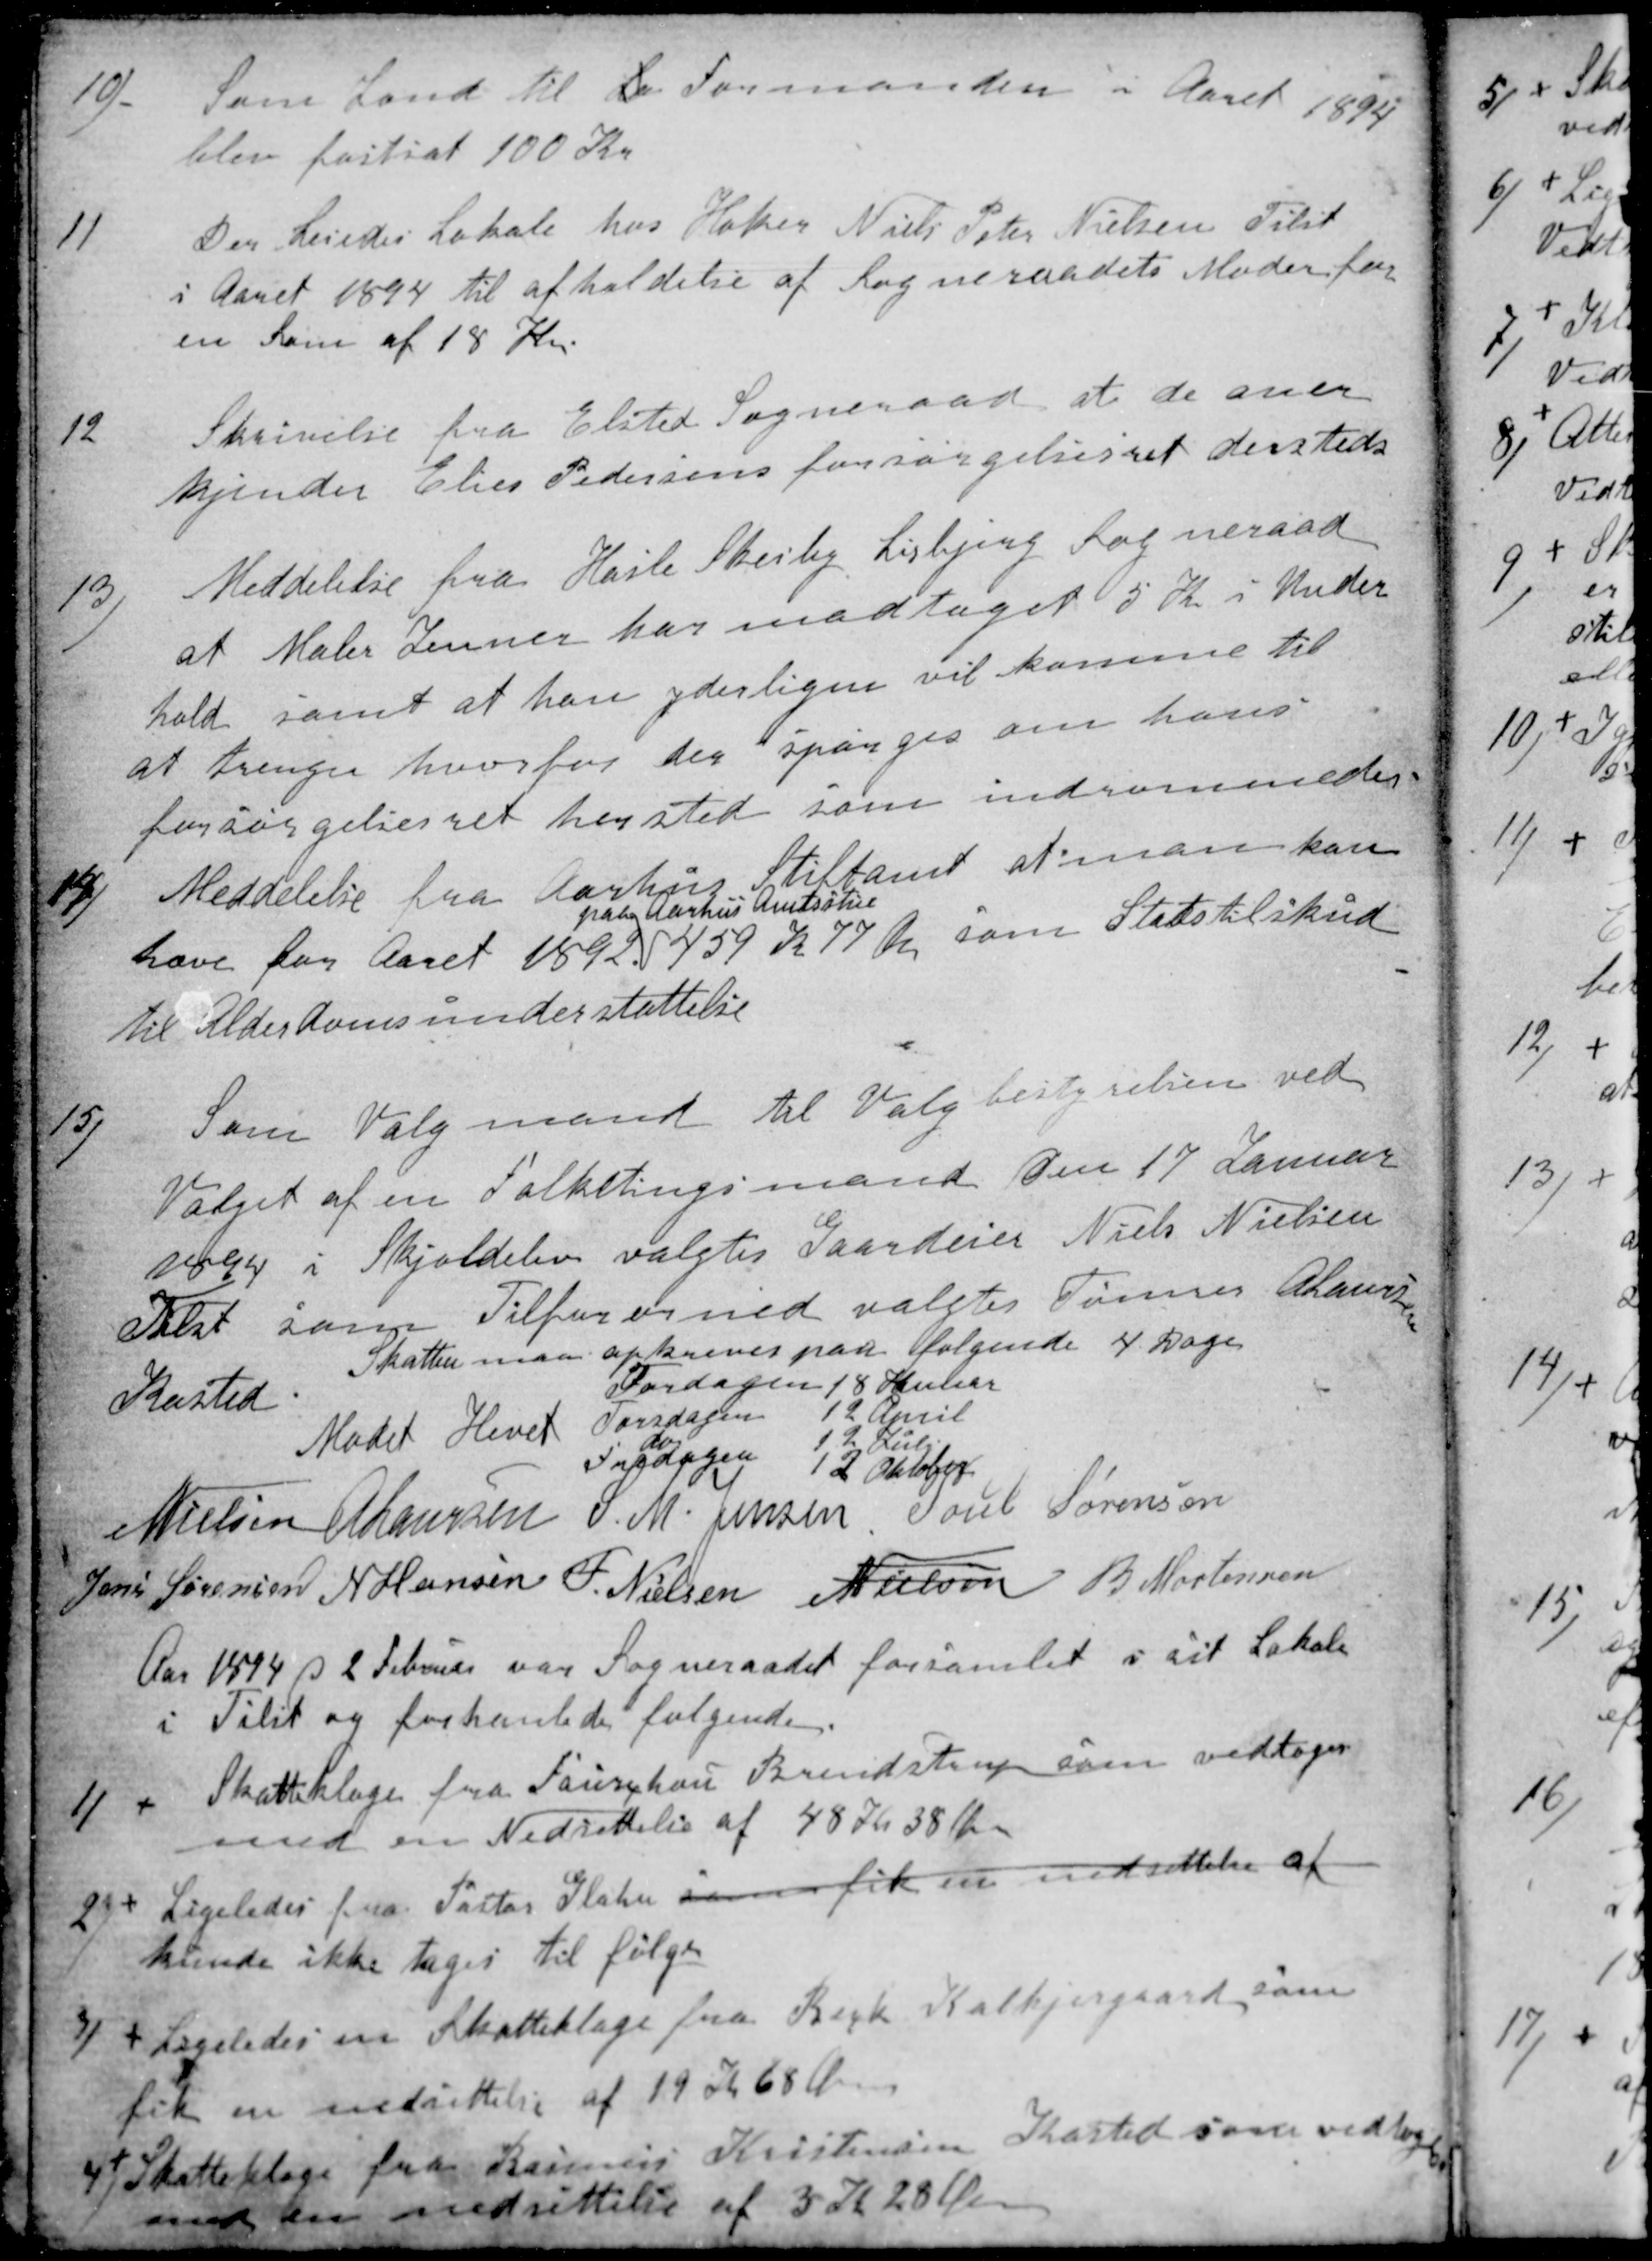
Transskription:
10).
Som Lønd til Lø Formanden i Aaret 1894
blev fastsat 100 Kr
11
Der Leiedes Lokale hos Høker Niels Peter Nielsen Tilst
i Aaret 1894 til afholdelse af Sogneraadets Møder for
en Lønd af 18 Kr.
12
Skrivelse fra Elsted Sogneraad at de aner
kjender Elies Pedersens forsørgelsesret dersteds
13)
Meddelelse fra Hasle Skeiby Lisbjerg Sogneraad
at Maler Jenner har modtaget 5 Kr i Under
hold samt at han yderligere vil komme til
at trenges hvorfor der spørges om hans
forsørgelsesret hersted som indrømmedes.
14)
Meddelelse fra Aarhus Stiftamt at man kan
hæve for Aaret 1892 
paa Aarhus Amtsstue
459 Kr 77 Øre som Statstilskud
til Alderdomsunderstøttelse
15)
Som Valgmand til Valgbestyrelsen ved
Valget af en Folketingsmand den 17 Januar
1894 i Skjoldelev valgtes Gaardeier Niels Nielsen
Tilst som Tilfororned valgtes Tømrer A Laursen
Kasted.
Skatten maa opkræves paa følgende 4 Dage
Tordagen 18 Januar
Torsdagen 12 April
do 12 Juli
Fredagen 12 Oktober
Mødet Hevet
N Nielsen
A Laursen
S. M. Jensen
Poul Sørensen
Jens Sørensen
N Hansen
F. Nielsen
Nielsen
B Mortensen
Aar 1894 d 2 Februar var Sogneraadet forsamlet i sit Lokale
i Tilst og forhandlede følgende.
1)
Skatteklage fra Faurchou Brendstrup som vedtoges
med en Nedsettelse af 48 Kr 38 Øre
2)
Ligeledes fra Pastor Glahn som fik en nedsættelse af
kunde ikke tages til følge
3)
Ligeledes en Skatteklage fra Beck Kolkjergaard som
fik en nedsættelse af 19 Kr 68 Øre.
4)
Skatteklage fra Rasmus Kristensen Kasted som vedtoges
med en nedsættelse af 3 Kr 28 Øre.